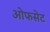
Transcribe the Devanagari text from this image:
ओफसेट